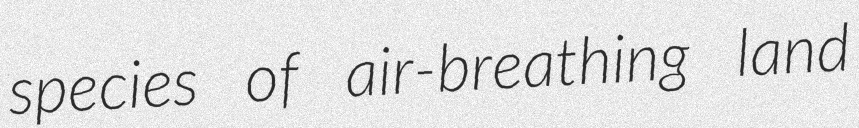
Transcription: species of air-breathing land